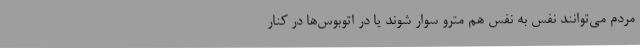
مردم می‌توانند نفس به نفس هم مترو سوار شوند یا در اتوبوس‌ها در کنار